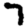
Digit: 7